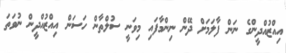
އިއްޒުއްދީންގެ ނަން ފާލަމަށް ދޭން ނިންމާފައި މިވަނީ ސުލްތާން ހަސަން އިއްޒުއްދީން ނުވަތަ